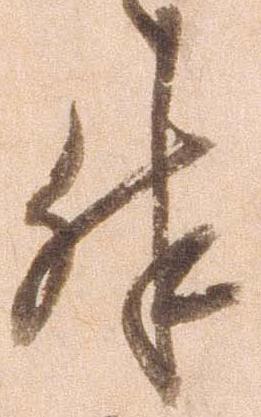
殊